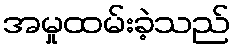
အမှုထမ်းခဲ့သည်